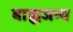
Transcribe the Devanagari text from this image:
बाह्यजन्य